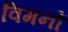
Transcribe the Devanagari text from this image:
विमनों